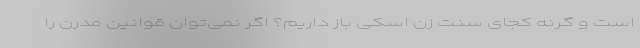
است و گرنه کجای سنت زن اسکی باز داریم؟ اگر نمی‌توان قوانین مدرن را